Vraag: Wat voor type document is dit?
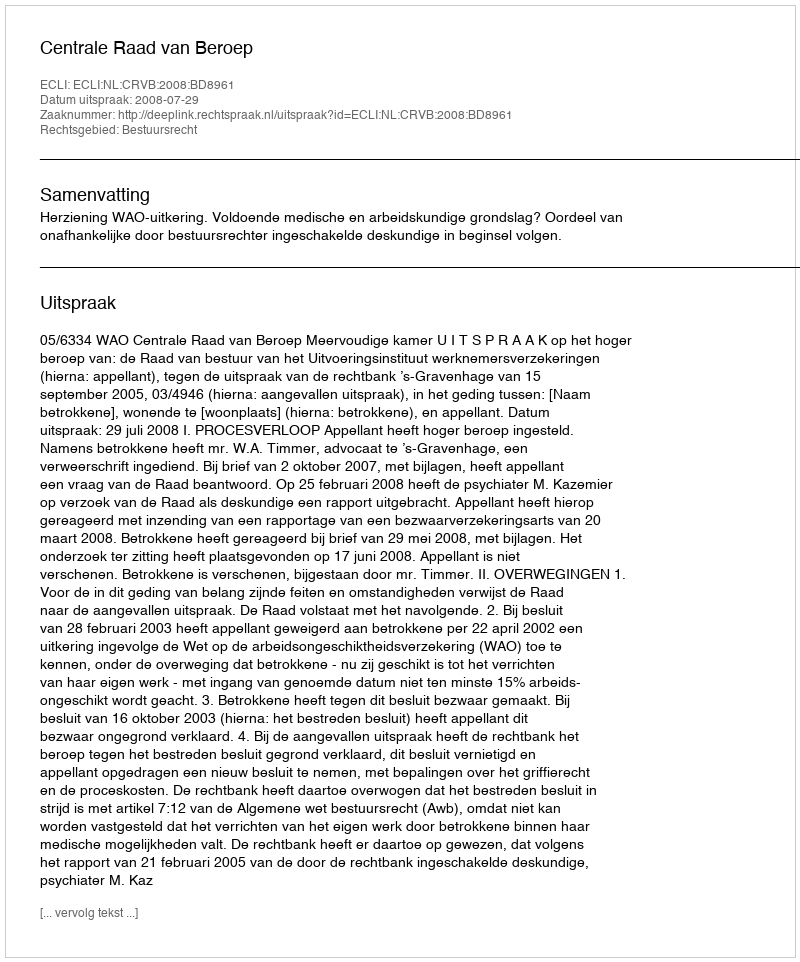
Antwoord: Uitspraak